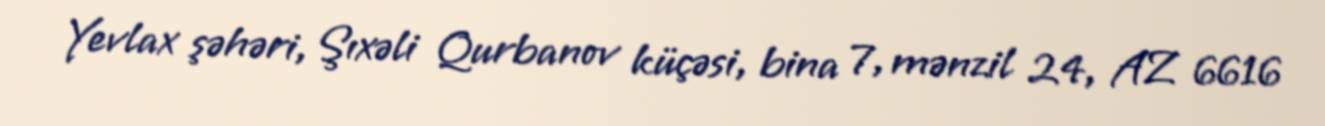
Yevlax şəhəri, Şıxəli Qurbanov küçəsi, bina 7, mənzil 24, AZ 6616